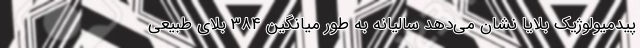
پیدمیولوژیک بلایا نشان می‌دهد سالیانه به طور میانگین ۳۸۴ بلای طبیعی